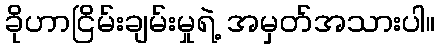
ခိုဟာငြိမ်းချမ်းမှုရဲ့ အမှတ်အသားပါ။